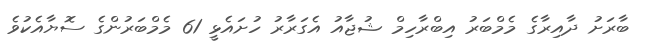
ބާރަށު ދާއިރާގެ މެމްބަރު އިބްރާހިމް ޝުޖާއު އެގަރާރު ހުށައެޅީ 61 މެމްބަރުންގެ ސޮޔާއެކުވެ